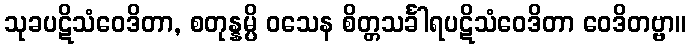
သုခပဋိသံဝေဒိတာ, စတုန္နမ္ပိ ဝသေန စိတ္တသင်္ခါရပဋိသံဝေဒိတာ ဝေဒိတဗ္ဗာ။